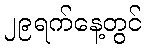
၂၉ရက်နေ့တွင်